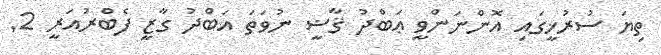
ތިޔަ ސުރުޚީގައި އޮންނަންވީ ޢަބްދު ޤާޟީ ނުވަތަ އަބްދު ގާޒީ ފެބްރުއަރީ 2